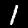
Label: 1